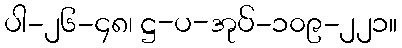
ပါ-၂၆-၄၈၊ ဋ္ဌ-ပ-အုပ်-၁၀၉-၂၂၁။